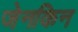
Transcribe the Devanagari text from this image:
जेनकिन